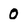
Character: 0